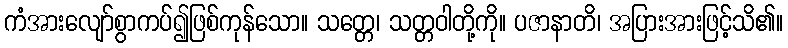
ကံအားလျော်စွာကပ်၍ဖြစ်ကုန်သော။ သတ္တေ၊ သတ္တဝါတို့ကို။ ပဇာနာတိ၊ အပြားအားဖြင့်သိ၏။